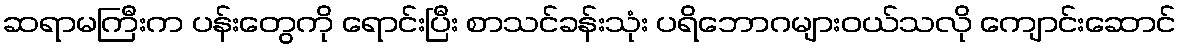
ဆရာမကြီးက ပန်းတွေကို ရောင်းပြီး စာသင်ခန်းသုံး ပရိဘောဂများဝယ်သလို ကျောင်းဆောင်